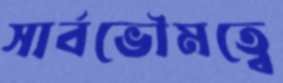
সার্বভৌমত্বে